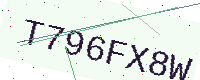
Text: T796FX8W